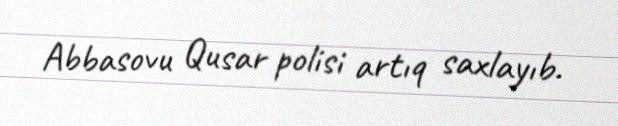
Abbasovu Qusar polisi artıq saxlayıb.